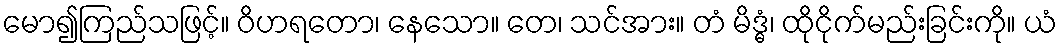
မော၍ကြည်သဖြင့်။ ဝိဟရတော၊ နေသော။ တေ၊ သင်အား။ တံ မိဒ္ဓံ၊ ထိုငိုက်မည်းခြင်းကို။ ယံ